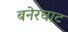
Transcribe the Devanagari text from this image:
बनेरघाट